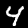
Label: 4